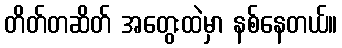
တိတ်တဆိတ် အတွေးထဲမှာ နစ်နေတယ်။